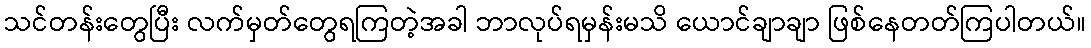
သင်တန်းတွေပြီး လက်မှတ်တွေရကြတဲ့အခါ ဘာလုပ်ရမှန်းမသိ ယောင်ချာချာ ဖြစ်နေတတ်ကြပါတယ်။